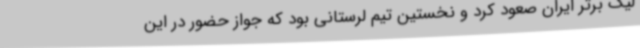
لیگ برتر ایران صعود کرد و نخستین تیم لرستانی بود که جواز حضور در این